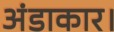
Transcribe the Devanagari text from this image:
अंडाकार।